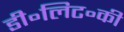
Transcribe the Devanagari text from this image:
डी॰लिट॰की